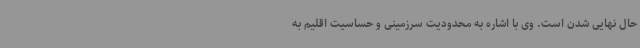
حال نهایی شدن است. وی با اشاره به محدودیت سرزمینی و حساسیت اقلیم به